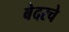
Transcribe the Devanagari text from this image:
बेदरचे